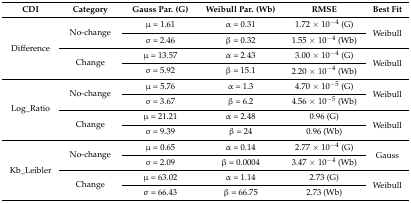
<table><thead><tr><td><b>CDI</b></td><td><b>Category</b></td><td><b>Gauss Par. (G)</b></td><td><b>Weibull Par. (Wb)</b></td><td><b>RMSE</b></td><td><b>Best Fit</b></td></tr></thead><tbody><tr><td rowspan="4">Difference</td><td rowspan="2">No-change</td><td>μ = 1.61</td><td>α = 0.31</td><td>1.72 × 10<sup>−4</sup> (G)</td><td rowspan="2">Weibull</td></tr><tr><td>σ = 2.46</td><td>β = 0.32</td><td>1.55 × 10<sup>−4</sup> (Wb)</td></tr><tr><td rowspan="2">Change</td><td>μ = 13.57</td><td>α = 2.43</td><td>3.00 × 10<sup>−4</sup> (G)</td><td rowspan="2">Weibull</td></tr><tr><td>σ = 5.92</td><td>β = 15.1</td><td>2.20 × 10<sup>−4</sup> (Wb)</td></tr><tr><td rowspan="4">Log_Ratio</td><td rowspan="2">No-change</td><td>μ = 5.76</td><td>α = 1.3</td><td>4.70 × 10<sup>−5</sup> (G)</td><td rowspan="2">Weibull</td></tr><tr><td>σ = 3.67</td><td>β = 6.2</td><td>4.56 × 10<sup>−5</sup> (Wb)</td></tr><tr><td rowspan="2">Change</td><td>μ = 21.21</td><td>α = 2.48</td><td>0.96 (G)</td><td rowspan="2">Weibull</td></tr><tr><td>σ = 9.39</td><td>β = 24</td><td>0.96 (Wb)</td></tr><tr><td rowspan="4">Kb_Leibler</td><td rowspan="2">No-change</td><td>μ = 0.65</td><td>α = 0.14</td><td>2.77 × 10<sup>−4</sup> (G)</td><td rowspan="2">Gauss</td></tr><tr><td>σ = 2.09</td><td>β = 0.0004</td><td>3.47 × 10<sup>−4</sup> (Wb)</td></tr><tr><td rowspan="2">Change</td><td>μ = 63.02</td><td>α = 1.14</td><td>2.73 (G)</td><td rowspan="2">Weibull</td></tr><tr><td>σ = 66.43</td><td>β = 66.75</td><td>2.73 (Wb)</td></tr></tbody></table>